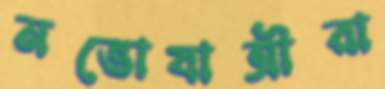
নভোযাত্রীরা